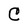
Character: C